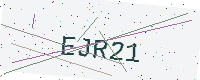
Text: EJR21